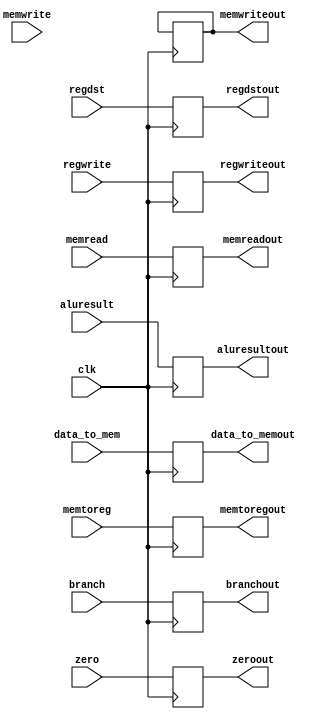
`timescale 1ns / 1ps
//////////////////////////////////////////////////////////////////////////////////
// Company: 
// Engineer: 
// 
// Design Name: 
// Module Name: IF
// Project Name: 
// Target Devices: 
// Tool Versions: 
// Description: 
// 
// Dependencies: 
// 
// Revision:
// Revision 0.01 - File Created
// Additional Comments:
// 
//////////////////////////////////////////////////////////////////////////////////


module MEM(
    input clk,
    input branch, memread,memwrite,zero,regwrite,memtoreg,
    input [15:0] aluresult,
    input [15:0] data_to_mem,
    input [3:0] regdst,
    output reg branchout, memreadout,memwriteout,zeroout,regwriteout,memtoregout,
    output reg[15:0] aluresultout,
    output reg [15:0] data_to_memout,
    output reg [3:0] regdstout    
    );
 
    always@(posedge clk) begin
     branchout <= branch;
     memreadout <= memread;
     memwriteout <= memwriteout;
     zeroout <= zero;
     regwriteout <= regwrite;
     memtoregout <= memtoreg;
     aluresultout <= aluresult;
     data_to_memout <= data_to_mem;
     regdstout <= regdst;
     
    end 
    
endmodule